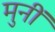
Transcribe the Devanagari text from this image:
मुनीं